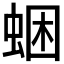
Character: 𧋕